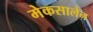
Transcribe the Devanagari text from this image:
मेकसालेन